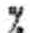
%